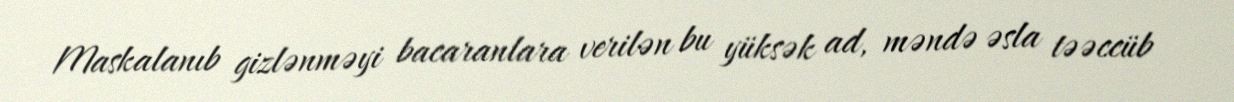
Maskalanıb gizlənməyi bacaranlara verilən bu yüksək ad, məndə əsla təəccüb